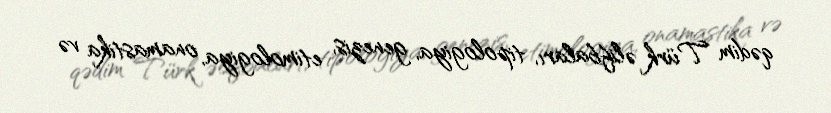
qədim Türk əlifbaları, tipologiya, genezis, etimologiya, onamastika və